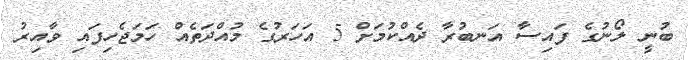
ބުނީ ލޯނުގެ ފައިސާ އަނބުރާ ދެއްކުމަށް 5 އަހަރުގެ މުއްދަތެއް ހަމަޖެހިފައި ވާއިރު